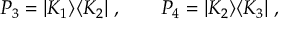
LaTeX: P _ { 3 } = | K _ { 1 } \rangle \langle K _ { 2 } | \ , \qquad P _ { 4 } = | K _ { 2 } \rangle \langle K _ { 3 } | \ ,